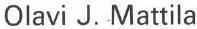
Olavi J. Mattila